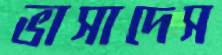
ভাসাদেস